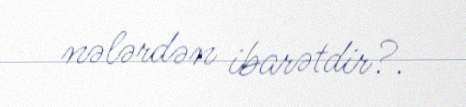
nələrdən ibarətdir?.